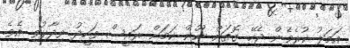
އަމަލު ކުރެވެން ޖެހޭ ގޮތަށް ނޫން ކަމަށް ރައީސް ވަހީދު ވިދާޅުވި އެވެ.